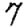
Digit: 7